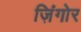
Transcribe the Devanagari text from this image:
ज़िंगोर